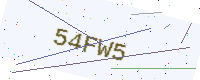
Text: 54FW5